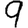
Digit: 9